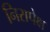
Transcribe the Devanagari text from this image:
निरापेक्ष